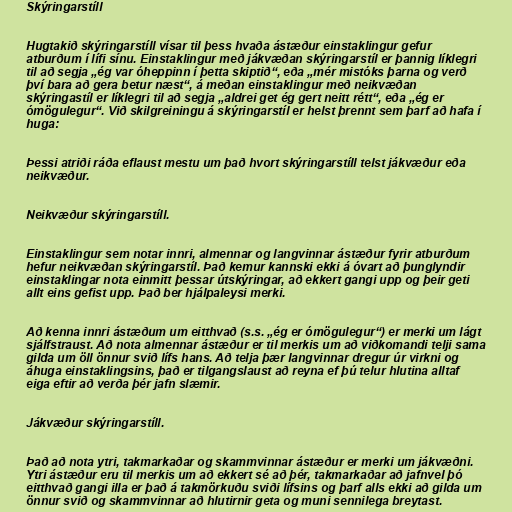
Skýringarstíll

Hugtakið skýringarstíll vísar til þess hvaða ástæður einstaklingur gefur
atburðum í lífi sínu. Einstaklingur með jákvæðan skýringarstíl er þannig líklegri
til að segja „ég var óheppinn í þetta skiptið“, eða „mér mistóks þarna og verð
því bara að gera betur næst“, á meðan einstaklingur með neikvæðan
skýringastíl er líklegri til að segja „aldrei get ég gert neitt rétt“, eða „ég er
ómögulegur“. Við skilgreiningu á skýringarstíl er helst þrennt sem þarf að hafa í
huga:

Þessi atriði ráða eflaust mestu um það hvort skýringarstíll telst jákvæður eða
neikvæður.

Neikvæður skýringarstíll.

Einstaklingur sem notar innri, almennar og langvinnar ástæður fyrir atburðum
hefur neikvæðan skýringarstíl. Það kemur kannski ekki á óvart að þunglyndir
einstaklingar nota einmitt þessar útskýringar, að ekkert gangi upp og þeir geti
allt eins gefist upp. Það ber hjálpaleysi merki.

Að kenna innri ástæðum um eitthvað (s.s. „ég er ómögulegur“) er merki um lágt
sjálfstraust. Að nota almennar ástæður er til merkis um að viðkomandi telji sama
gilda um öll önnur svið lífs hans. Að telja þær langvinnar dregur úr virkni og
áhuga einstaklingsins, það er tilgangslaust að reyna ef þú telur hlutina alltaf
eiga eftir að verða þér jafn slæmir.

Jákvæður skýringarstíll.

Það að nota ytri, takmarkaðar og skammvinnar ástæður er merki um jákvæðni.
Ytri ástæður eru til merkis um að ekkert sé að þér, takmarkaðar að jafnvel þó
eitthvað gangi illa er það á takmörkuðu sviði lífsins og þarf alls ekki að gilda um
önnur svið og skammvinnar að hlutirnir geta og muni sennilega breytast.